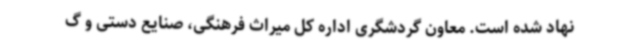
نهاد شده است. معاون گردشگری اداره کل میراث فرهنگی، صنایع دستی و گ